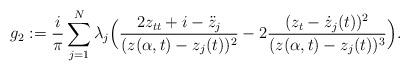
LaTeX: \begin{align*}g_2:=\frac{i}{\pi}\sum_{j=1}^N \lambda_j\Big(\frac{2z_{tt}+i-\ddot{z}_j}{(z(\alpha,t)-z_j(t))^2}-2\frac{(z_t-\dot{z}_j(t))^2}{(z(\alpha,t)-z_j(t))^3}\Big).\end{align*}